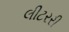
લીટરરી